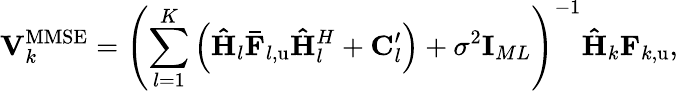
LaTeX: \mathbf{V}_{k}^{\mathrm{MMSE}}=\left(\sum_{l=1}^{K}{\left(\mathbf{\hat{H}}_{l}\mathbf{\bar{F}}_{l,\mathrm{u}}\mathbf{\hat{H}}_{l}^{H}+\mathbf{C}_{l}^{\prime}\right)}+\sigma^{2}\mathbf{I}_{ML}\right)^{-1}\mathbf{\hat{H}}_{k}\mathbf{F}_{k,\mathrm{u}},